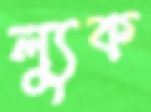
ল্যুক